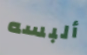
ألبسه